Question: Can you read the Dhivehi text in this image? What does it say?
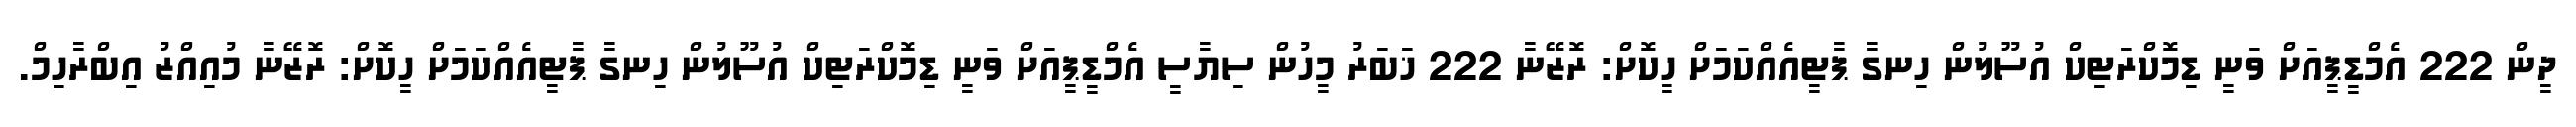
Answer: ދީން 222 އެމްޑީޕީއަށް ވަނީ ޑިމޮކްރަޓިކް އުސޫލުން ހިނގާ ޕާޓީއެއްކަމަށް ހީކޮށް: ރޮޒޭނާ 222 ޚަބަރު މީހުން ސިޔާސީ އެމްޑީޕީއަށް ވަނީ ޑިމޮކްރަޓިކް އުސޫލުން ހިނގާ ޕާޓީއެއްކަމަށް ހީކޮށް: ރޮޒޭނާ މުއިއްޒު އިބްރާހިމް.